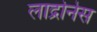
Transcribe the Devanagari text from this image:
लाद्रोनेस